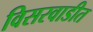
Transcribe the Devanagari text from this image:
विसरवाडीत